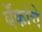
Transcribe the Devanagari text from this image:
बॅंकांचे